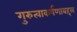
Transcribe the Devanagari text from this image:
गुरुत्वाकर्षणाबद्दल